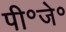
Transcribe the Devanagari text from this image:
पी॰जे॰